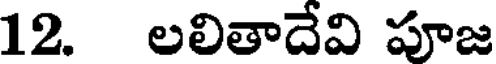
12. లలితాదేవి పూజ